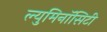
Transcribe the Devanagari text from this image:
ल्युमिनॉसिटी